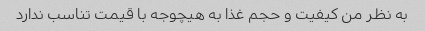
به نظر من کیفیت و حجم غذا به هیچوجه با قیمت تناسب ندارد